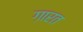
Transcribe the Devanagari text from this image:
ग़ारत